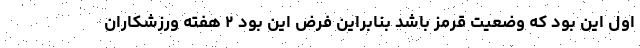
اول این بود که وضعیت قرمز باشد بنابراین فرض این بود ۲ هفته ورزشکاران